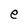
Character: e